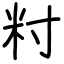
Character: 籿